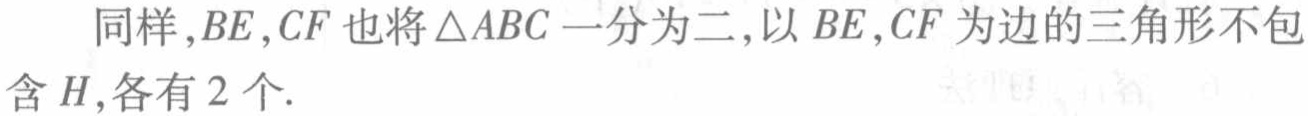
同样，$BE,CF$也将$\triangle ABC$一分为二，以$BE,CF$为边的三角形不包含$H$，各有$2$个.